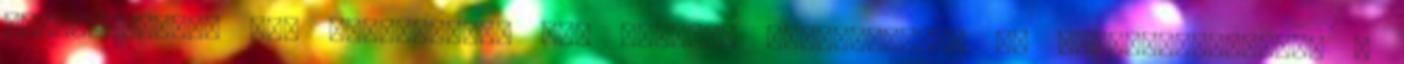
telefonszámot két címzettnek, így könnyen megtalálható és visszaszerezhető a